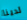
لدينا